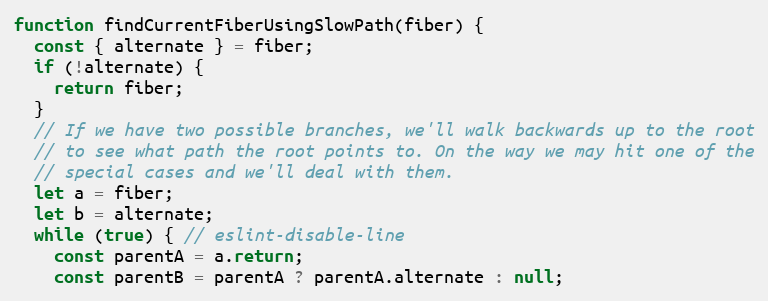
Language: JavaScript
function findCurrentFiberUsingSlowPath(fiber) {
  const { alternate } = fiber;
  if (!alternate) {
    return fiber;
  }
  // If we have two possible branches, we'll walk backwards up to the root
  // to see what path the root points to. On the way we may hit one of the
  // special cases and we'll deal with them.
  let a = fiber;
  let b = alternate;
  while (true) { // eslint-disable-line
    const parentA = a.return;
    const parentB = parentA ? parentA.alternate : null;